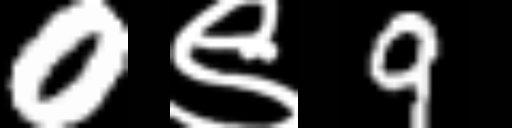
Text: 0९9